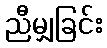
ညီမျှခြင်း